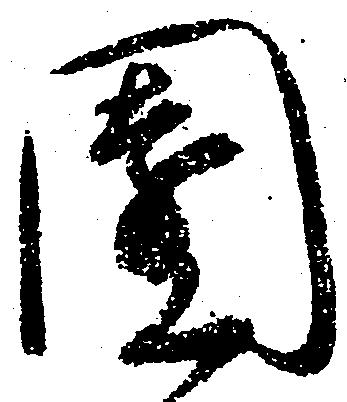
園